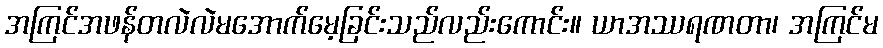
အကြင်အဖန်တလဲလဲမအောက်မေ့ခြင်းသည်လည်းကောင်း။ ယာအဿရဏတာ၊ အကြင်မ